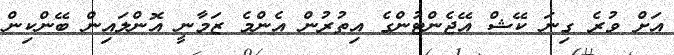
އަށް ވުރެ ގިނަ ކޭޝް އޭޖެންޓުންގެ އިތުރުން އެންމެ ޒަމާނީ އޮންލައިން ބޭންކިން